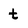
Character: t